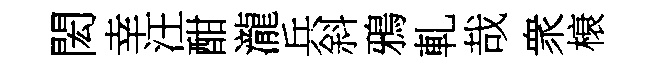
閎幸汪酣瀧兵斜鴉軋哉衆榱